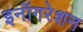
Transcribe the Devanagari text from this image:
इनॉगरेशन